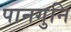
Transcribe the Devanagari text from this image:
पानगुनि